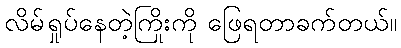
လိမ်ရှုပ်နေတဲ့ကြိုးကို ဖြေရတာခက်တယ်။